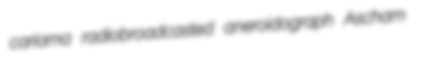
cariama radiobroadcasted aneroidograph Ascham